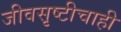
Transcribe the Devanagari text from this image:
जीवसृष्टीचाही